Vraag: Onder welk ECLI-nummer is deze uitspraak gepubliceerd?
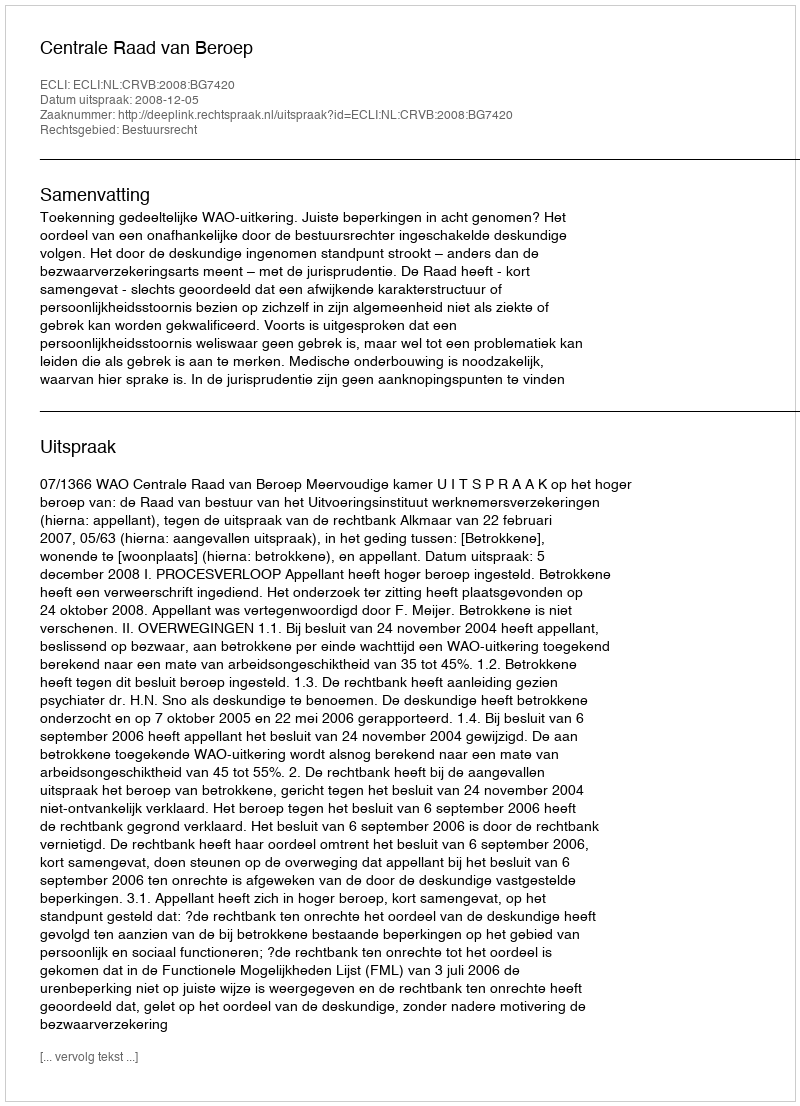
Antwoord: ECLI:NL:CRVB:2008:BG7420